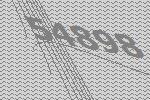
54898